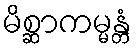
မိစ္ဆာကမ္မန္တံ